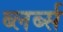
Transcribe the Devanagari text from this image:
ब्लर्ब्स